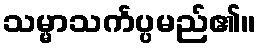
သမ္မာသင်္ကပ္ပမည်၏။